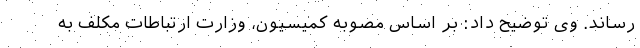
رساند. وی توضیح داد: بر اساس مصوبه کمیسیون، وزارت ارتباطات مکلف به